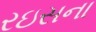
રઇસના